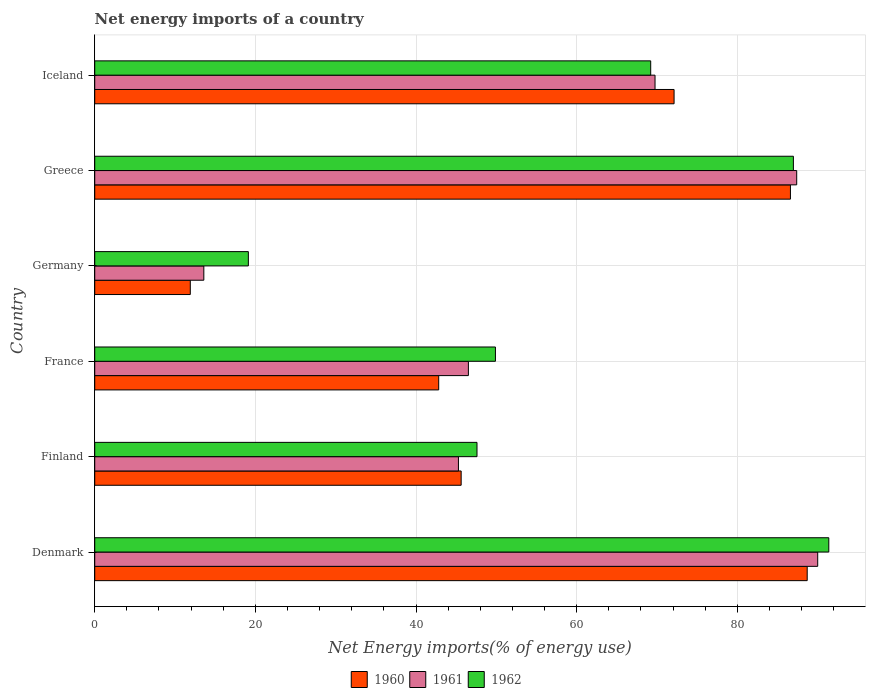
| Country | 1960 | 1961 | 1962 |
 | --- | --- | --- | --- |
 | Denmark | 88.7 | 90 | 91.4 |
 | Finland | 45.6 | 45.3 | 47.6 |
 | France | 42.8 | 46.5 | 49.9 |
 | Germany | 11.9 | 13.6 | 19.1 |
 | Greece | 86.6 | 87.4 | 87 |
 | Iceland | 72.1 | 69.8 | 69.2 |